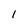
Character: 1